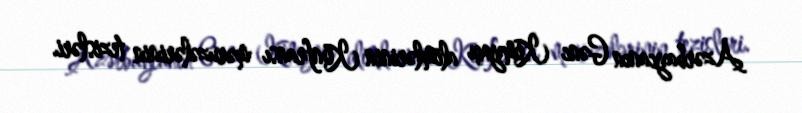
Azərbaycanın Gənc Kimyaçı alimlərinin Konfransı məruzələrinin tezisləri.